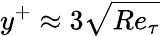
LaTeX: y^{+}\approx 3\sqrt{Re_{\tau}}